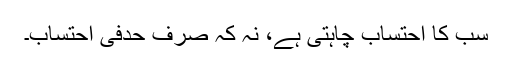
سب کا احتساب چاہتی ہے، نہ کہ صرف حدفی احتساب۔